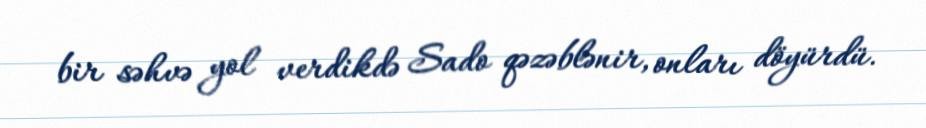
bir səhvə yol verdikdə Sado qəzəblənir, onları döyürdü.